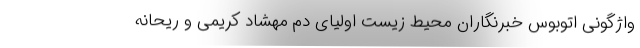
واژگونی اتوبوس خبرنگاران محیط زیست اولیای دم مهشاد کریمی و ریحانه